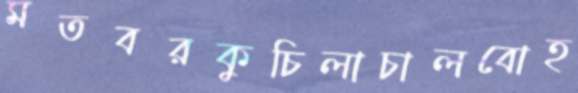
মতবরকুচিলাচালবোহ